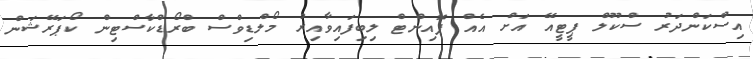
އިސްކަންދަރު ސްކޫލް ޕީޓީއޭ އަށް އެއް ޕޮއިންޓް ލިބިފައިވާއިރު މޯލްޑިވްސް ބްރޯޑްކާސްޓިން ކޯޕަރޭޝަން